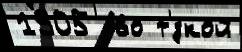
1905  во т'́зкой